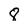
Character: 8